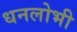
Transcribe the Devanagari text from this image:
धनलोभी